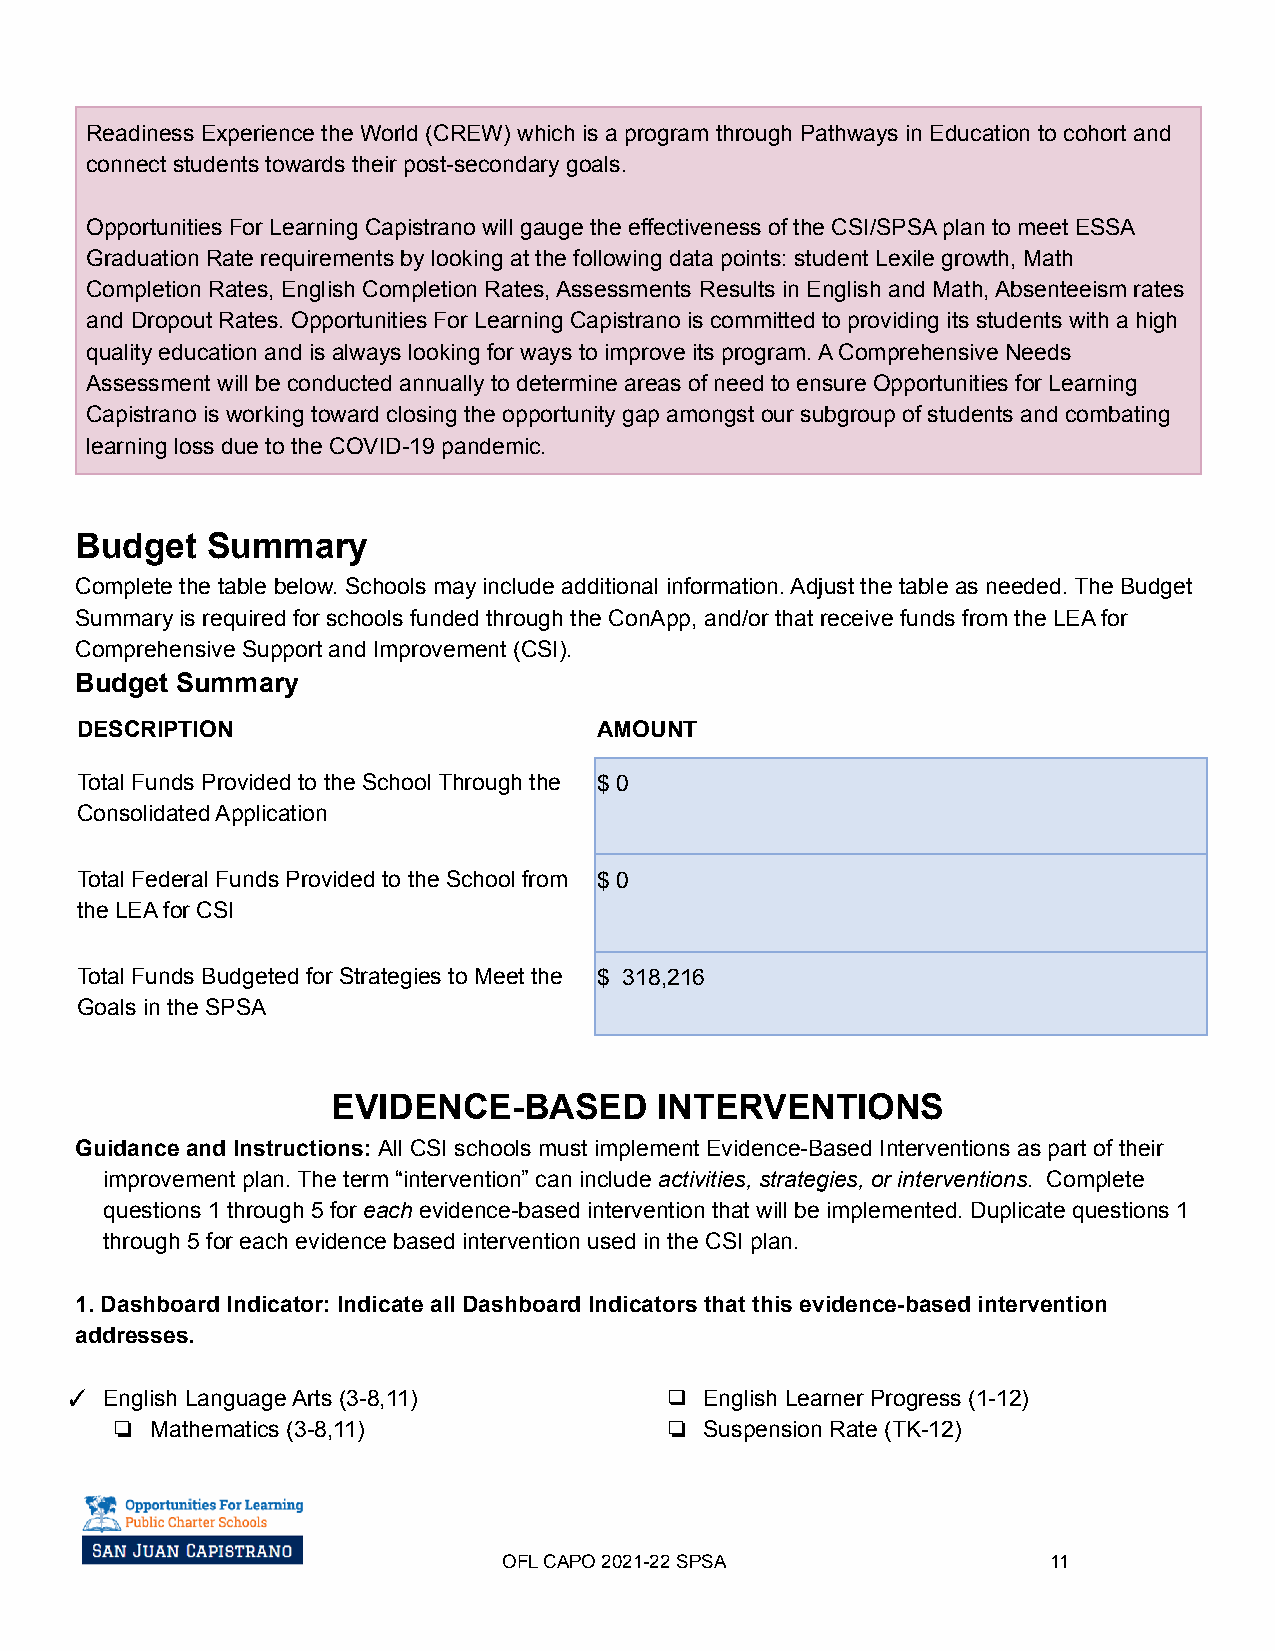
Readiness Experience the World (CREW) which is a program through Pathways in Education to cohort and
 connect students towards their post-secondary goals.
 Opportunities For Learning Capistrano will gauge the effectiveness of the CSI/SPSA plan to meet ESSA
 Graduation Rate requirements by looking at the following data points: student Lexile growth, Math
 Completion Rates, English Completion Rates, Assessments Results in English and Math, Absenteeism rates
 and Dropout Rates. Opportunities For Learning Capistrano is committed to providing its students with a high
 quality education and is always looking for ways to improve its program. A Comprehensive Needs
 Assessment will be conducted annually to determine areas of need to ensure Opportunities for Learning
 Capistrano is working toward closing the opportunity gap amongst our subgroup of students and combating
 learning loss due to the COVID-19 pandemic.
 Budget   Summary
 Complete the table below. Schools may include additional information. Adjust the table as needed. The Budget
 Summary is required for schools funded through the ConApp, and/or that receive funds from the LEA for
 Comprehensive Support and Improvement (CSI).
 Budget Summary
 DESCRIPTION                        AMOUNT
 Total Funds Provided to the School Through the $ 0
 Consolidated Application
 Total Federal Funds Provided to the School from $ 0
 the LEA for CSI
 Total Funds Budgeted for Strategies to Meet the $ 318,216
 Goals in the SPSA
 EVIDENCE-BASED        INTERVENTIONS
 Guidance and Instructions: All CSI schools must implement Evidence-Based Interventions as part of their
 improvement plan. The term “intervention” can include activities, strategies, or interventions. Complete
 questions 1 through 5 for each evidence-based intervention that will be implemented. Duplicate questions 1
 through 5 for each evidence based intervention used in the CSI plan.
 1. Dashboard Indicator: Indicate all Dashboard Indicators that this evidence-based intervention
 addresses.
 ✓  English Language Arts (3-8,11)       ❑  English Learner Progress (1-12)
 ❏  Mathematics (3-8,11)              ❏  Suspension Rate (TK-12)
 OFL CAPO 2021-22SPSA                 11